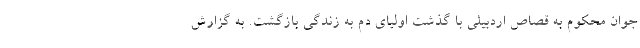
جوان محکوم به قصاص اردبیلی با گذشت اولیای دم به زندگی بازگشت. به گزارش